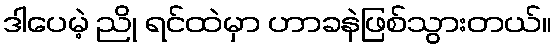
ဒါပေမဲ့ ညို ရင်ထဲမှာ ဟာခနဲဖြစ်သွားတယ်။